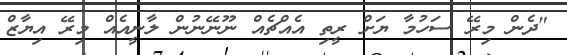
"ދެން މިރޭ ސަހުމާ ޔަށް ރީތި އެއްޗެއް ނޫނޭނުން ލާނީއެއް މިރޭ އިޔާޒް